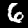
Label: 6